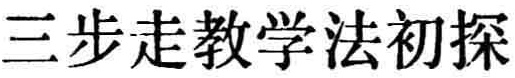
三步走教学法初探